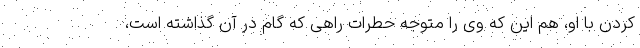
کردن با او، هم این که وی را متوجه حطرات راهی که گام در آن گذاشته است،